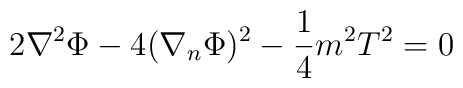
2\nabla^{2}\Phi-4(\nabla_{n}\Phi)^{2}-\frac{1}{4}m^{2}T^{2}=0